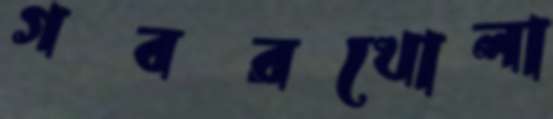
গবরখোলা